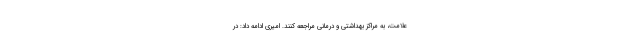
علامت، به مراکز بهداشتی و درمانی مراجعه کنند. امیری ادامه داد: در